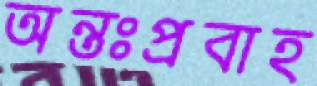
অন্তঃপ্রবাহ